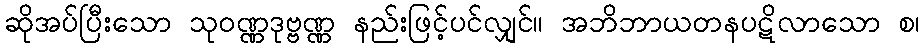
ဆိုအပ်ပြီးသော သုဝဏ္ဏဒုဗ္ဗဏ္ဏ နည်းဖြင့်ပင်လျှင်။ အဘိဘာယတနပဋိလာသော စ၊